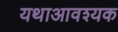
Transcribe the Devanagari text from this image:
यथाआवश्यक